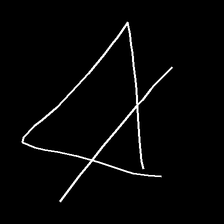
Glyph: empower